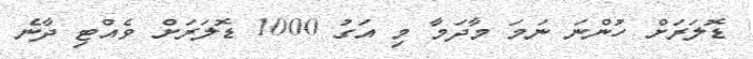
ޑޮލަރަށް ހުންނަ ނަމަ މާދަމާ މި އަގު 1000 ޑޮލަރަށް ވެއްޓި ދާނެ